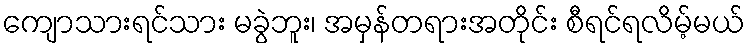
ကျောသားရင်သား မခွဲဘူး၊ အမှန်တရားအတိုင်း စီရင်ရလိမ့်မယ်